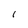
Character: l